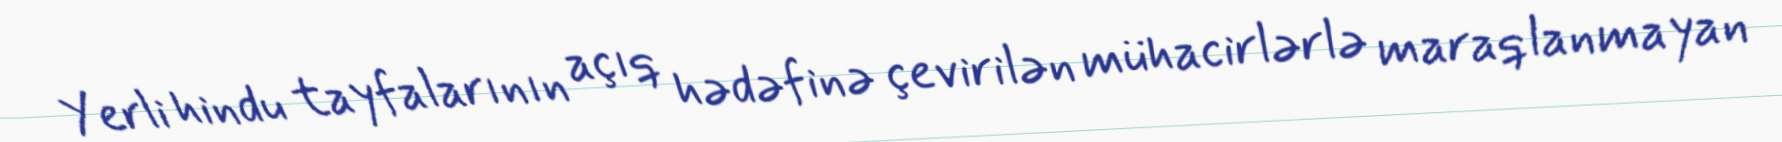
Yerli hindu tayfalarının açıq hədəfinə çevirilən mühacirlərlə maraqlanmayan